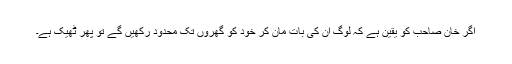
اگر خان صاحب کو یقین ہے کہ لوگ ان کی بات مان کر خود کو گھروں تک محدود رکھیں گے تو پھر ٹھیک ہے۔